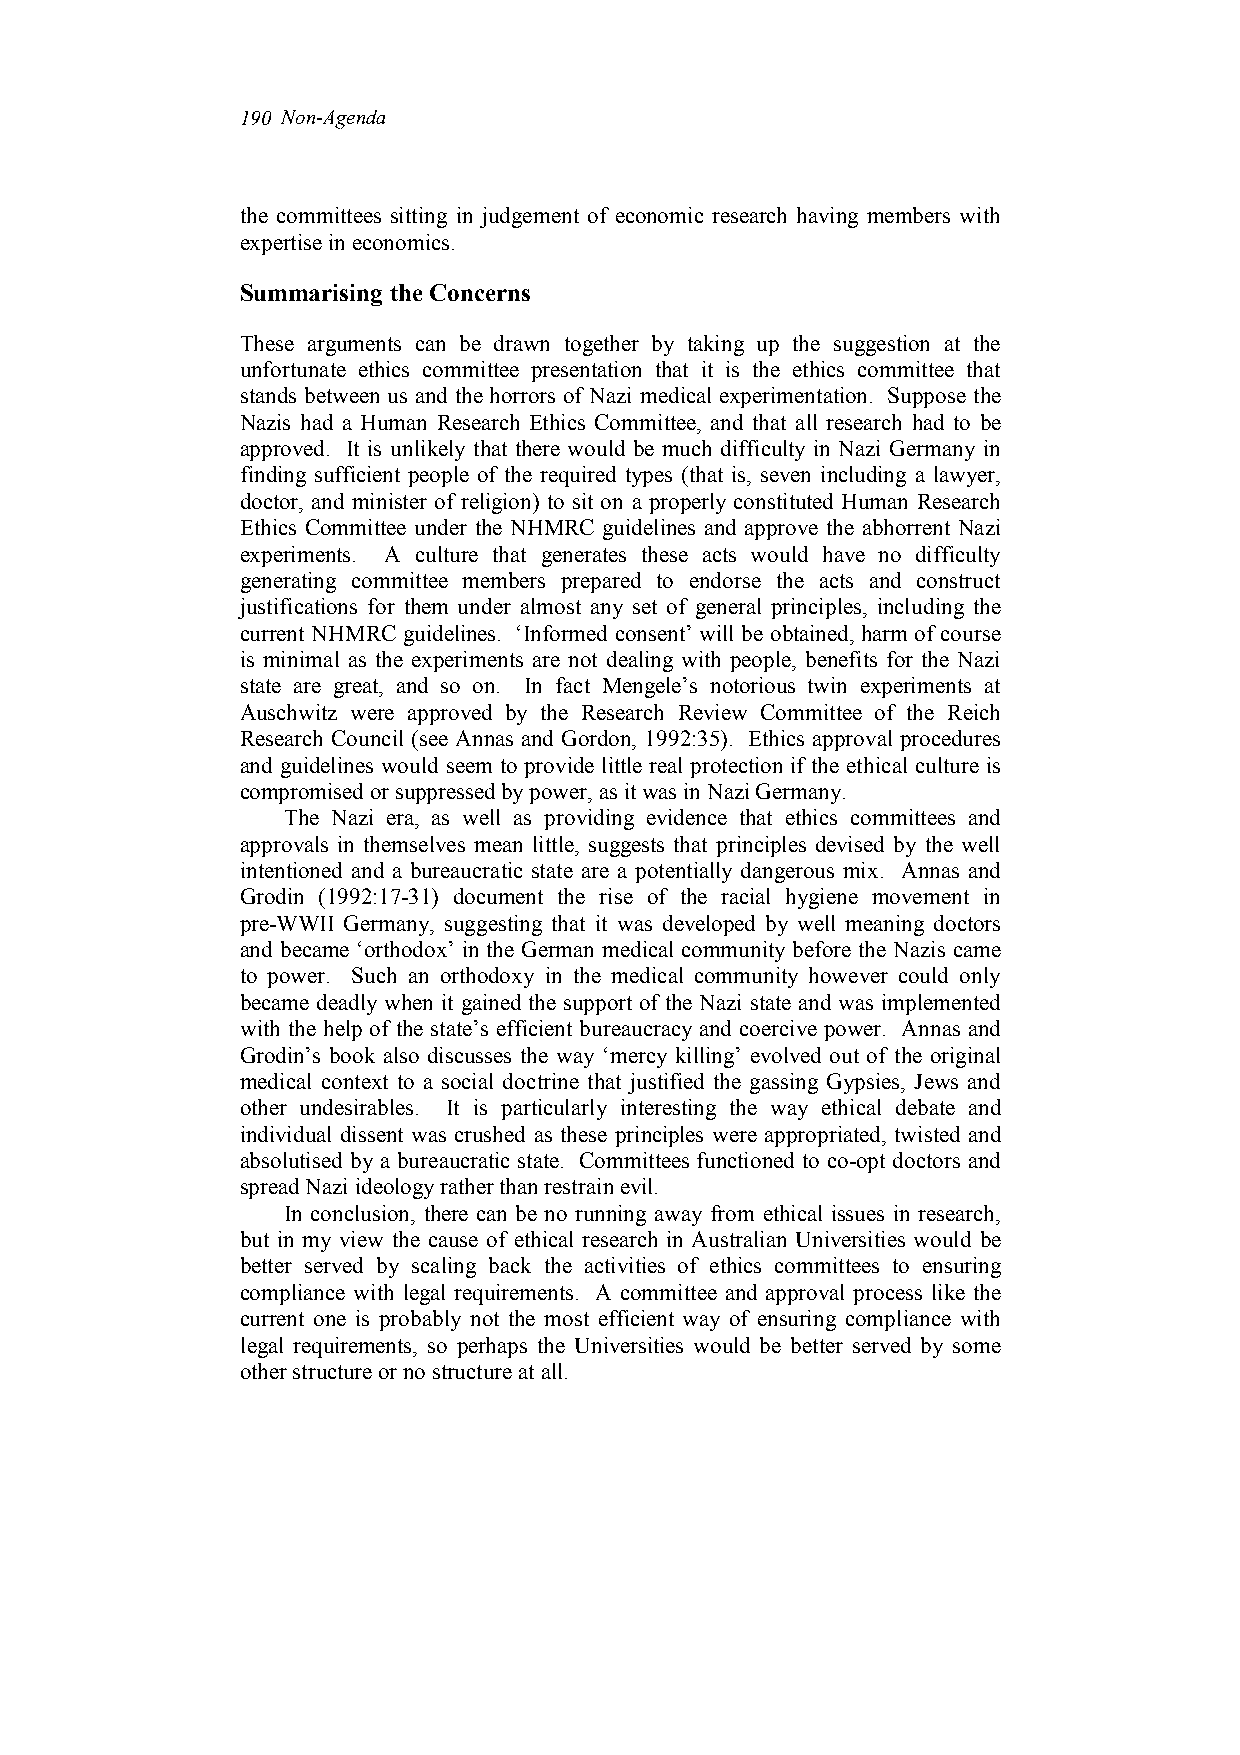
190 Non-Agenda
 the committees sitting in judgement of economic research having members with
 expertise in economics.
 Summarising the Concerns
 These arguments can be drawn together by taking up the suggestion at the
 unfortunate ethics committee presentation that it is the ethics committee that
 stands between us and the horrors of Nazi medical experimentation. Suppose the
 Nazis had a Human Research Ethics Committee, and that all research had to be
 approved. It is unlikely that there would be much difficulty in Nazi Germany in
 finding sufficient people of the required types (that is, seven including a lawyer,
 doctor, and minister of religion) to sit on a properly constituted Human Research
 Ethics Committee under the NHMRC guidelines and approve the abhorrent Nazi
 experiments. A culture that generates these acts would have no difficulty
 generating committee members prepared to endorse the acts and construct
 justifications for them under almost any set of general principles, including the
 current NHMRC guidelines. ‘Informed consent’ will be obtained, harm of course
 is minimal as the experiments are not dealing with people, benefits for the Nazi
 state are great, and so on. In fact Mengele’s notorious twin experiments at
 Auschwitz were approved by the Research Review Committee of the Reich
 Research Council (see Annas and Gordon, 1992:35). Ethics approval procedures
 and guidelines would seem to provide little real protection if the ethical culture is
 compromised or suppressed by power, as it was in Nazi Germany.
 The Nazi era, as well as providing evidence that ethics committees and
 approvals in themselves mean little, suggests that principles devised by the well
 intentioned and a bureaucratic state are a potentially dangerous mix. Annas and
 Grodin (1992:17-31) document the rise of the racial hygiene movement in
 pre-WWII Germany, suggesting that it was developed by well meaning doctors
 and became ‘orthodox’ in the German medical community before the Nazis came
 to power. Such an orthodoxy in the medical community however could only
 became deadly when it gained the support of the Nazi state and was implemented
 with the help of the state’s efficient bureaucracy and coercive power. Annas and
 Grodin’s book also discusses the way ‘mercy killing’ evolved out of the original
 medical context to a social doctrine that justified the gassing Gypsies, Jews and
 other undesirables. It is particularly interesting the way ethical debate and
 individual dissent was crushed as these principles were appropriated, twisted and
 absolutised by a bureaucratic state. Committees functioned to co-opt doctors and
 spread Nazi ideology rather than restrain evil.
 In conclusion, there can be no running away from ethical issues in research,
 but in my view the cause of ethical research in Australian Universities would be
 better served by scaling back the activities of ethics committees to ensuring
 compliance with legal requirements. A committee and approval process like the
 current one is probably not the most efficient way of ensuring compliance with
 legal requirements, so perhaps the Universities would be better served by some
 other structure or no structure at all.